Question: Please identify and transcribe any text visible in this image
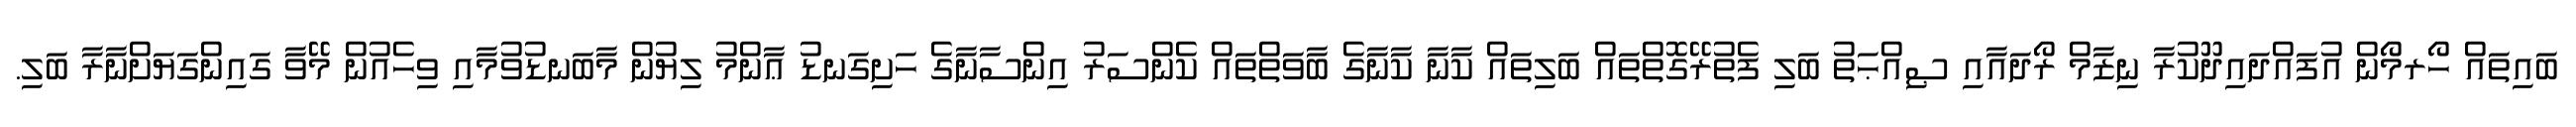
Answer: ބައިތައް ހޯރމޯން އުފައްދައިދޫކުރާ ނިޒާމް ރޯދައާއި ޞިއްޙަތު ބަލި ފެތުރޭގޮތްތައް ބަލިތައް ކާނާ ކާނާގެ ބާވަތްތައް ކެންސަރު އިންސާނާގެ ހަށިގަނޑު ޢާންމު ލިޔުން މާބަނޑުވުމާއި ވިހެއުން މޭވާ ގައިންގަޔަށްނާރާ ބަލި.